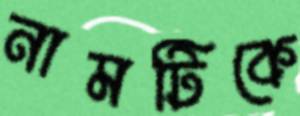
নামটিকে